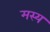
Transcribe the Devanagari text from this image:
मस्य